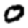
Digit: 0